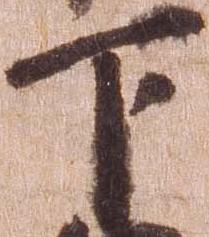
下